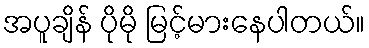
အပူချိန် ပိုမို မြင့်မားနေပါတယ်။